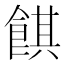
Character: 𱃪